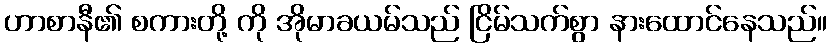
ဟာစာနီ၏ စကားတို့ ကို အိုမာခယမ်သည် ငြိမ်သက်စွာ နားထောင်နေသည်။